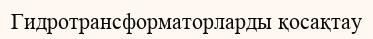
Гидротрансформаторларды қосақтау